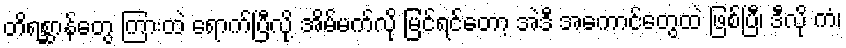
တိရစ္ဆာန်တွေ ကြားထဲ ရောက်ပြီလို့ အိမ်မက်လို မြင်ရင်တော့ အဲဒီ အကောင်တွေထဲ ဖြစ်ပြီ၊ ဒီလို ကံ၊